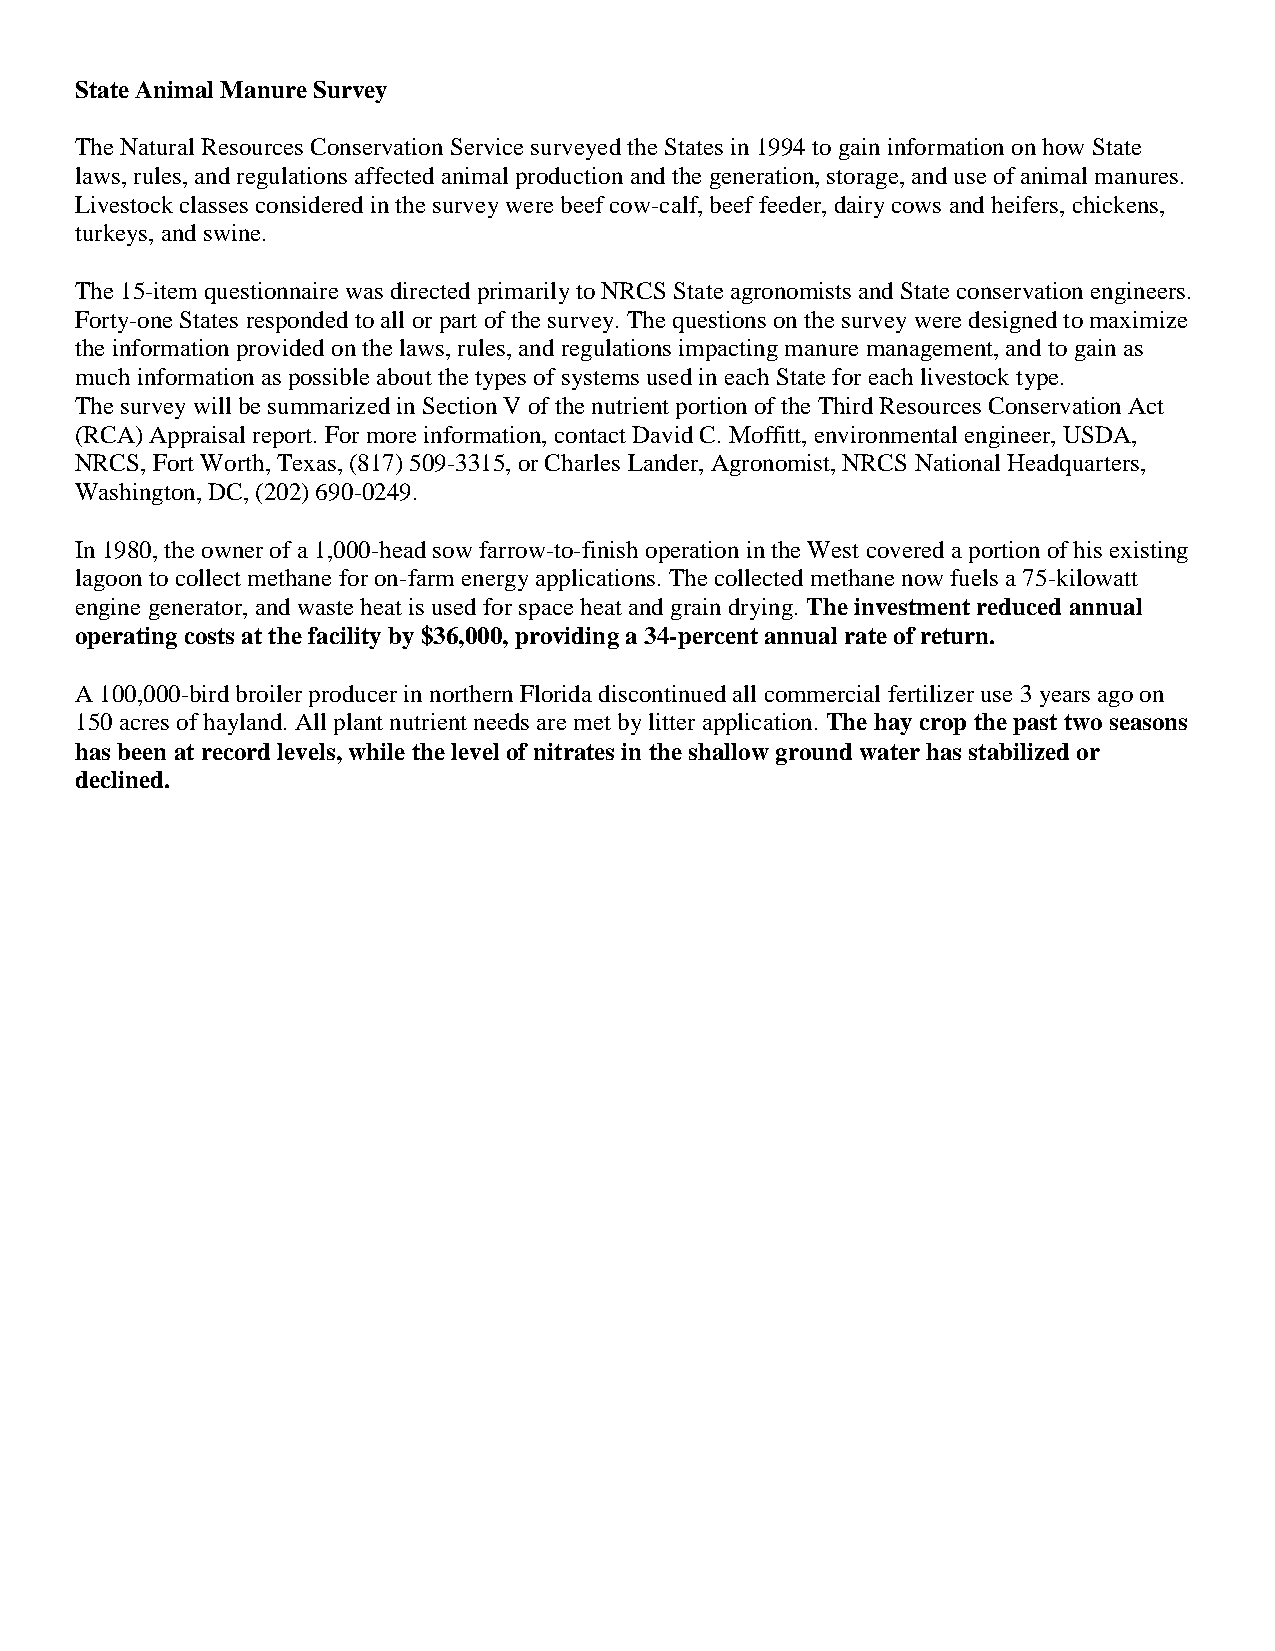
State Animal Manure Survey
 The Natural Resources Conservation Service surveyed the States in 1994 to gain information on how State
 laws, rules, and regulations affected animal production and the generation, storage, and use of animal manures.
 Livestock classes considered in the survey were beef cow-calf, beef feeder, dairy cows and heifers, chickens,
 turkeys, and swine.
 The 15-item questionnaire was directed primarily to NRCS State agronomists and State conservation engineers.
 Forty-one States responded to all or part of the survey. The questions on the survey were designed to maximize
 the information provided on the laws, rules, and regulations impacting manure management, and to gain as
 much information as possible about the types of systems used in each State for each livestock type.
 The survey will be summarized in Section V of the nutrient portion of the Third Resources Conservation Act
 (RCA) Appraisal report. For more information, contact David C. Moffitt, environmental engineer, USDA,
 NRCS, Fort Worth, Texas, (817) 509-3315, or Charles Lander, Agronomist, NRCS National Headquarters,
 Washington, DC, (202) 690-0249.
 In 1980, the owner of a 1,000-head sow farrow-to-finish operation in the West covered a portion of his existing
 lagoon to collect methane for on-farm energy applications. The collected methane now fuels a 75-kilowatt
 engine generator, and waste heat is used for space heat and grain drying. The investment reduced annual
 operating costs at the facility by $36,000, providing a 34-percent annual rate of return.
 A 100,000-bird broiler producer in northern Florida discontinued all commercial fertilizer use 3 years ago on
 150 acres of hayland. All plant nutrient needs are met by litter application. The hay crop the past two seasons
 has been at record levels, while the level of nitrates in the shallow ground water has stabilized or
 declined.